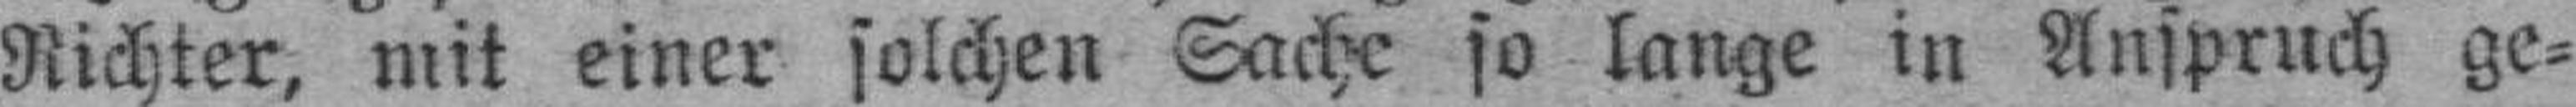
Richter, mit einer solchen Sache so lange in Anspruch ge¬